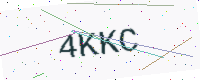
Text: 4KKC